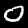
Digit: 0